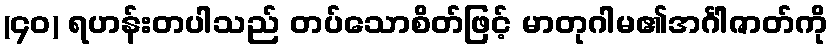
(၄၀) ရဟန်းတပါသည် တပ်သောစိတ်ဖြင့် မာတုဂါမ၏အင်္ဂါဇာတ်ကို